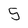
Character: 5